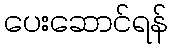
ပေးဆောင်ရန်